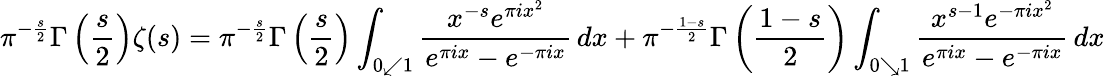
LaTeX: \pi^{-{\frac{s}{2}}}\Gamma\left({\frac{s}{2}}\right)\zeta(s)=\pi^{-{\frac{s}{2}}}\Gamma\left({\frac{s}{2}}\right)\int_{0\swarrow 1}{\frac{x^{-s}e^{\pi ix^{2}}}{e^{\pi ix}-e^{-\pi ix}}}\, dx+\pi^{-{\frac{1-s}{2}}}\Gamma\left({\frac{1-s}{2}}\right)\int_{0\searrow 1}{\frac{x^{s-1}e^{-\pi ix^{2}}}{e^{\pi ix}-e^{-\pi ix}}}\, dx